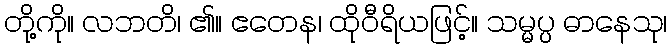
တို့ကို။ လဘတိ၊ ၏။ ဧတေန၊ ထိုဝီရိယဖြင့်။ သမ္မပ္ပ ဓာနေသု၊